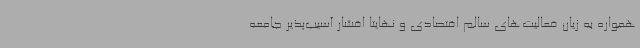
همواره به زیان فعالیت‌های سالم اقتصادی و نهایتا اقشار آسیب‌پذیر جامعه